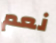
نعم